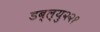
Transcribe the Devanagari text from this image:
डब्ल्यु२२१